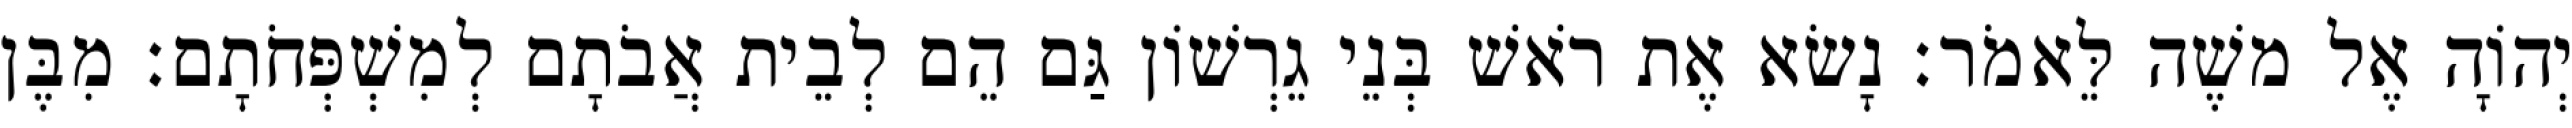
יְהוָֹה אֶל משֶׁה לֵּאמֹר׃ נָשׂא אֶת רֹאשׁ בְּנֵי גֵרְשׁוֹן גַּם הֵם לְבֵית אֲבֹתָם לְמִשְׁפְּחֹתָם׃ מִבֶּן